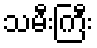
သမီးကြီး